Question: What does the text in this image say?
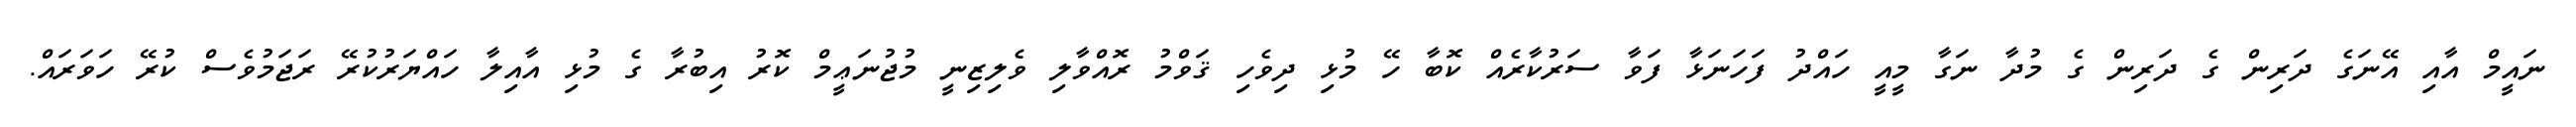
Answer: ނައީމް އާއި އޭނަގެ ދަރިން ގެ ދަރިން ގެ މުދާ ނަގާ މީއީ ހައްދު ފަހަނަޅާ ފަވާ ސަރުކާރެއް ކޮބާ ހޭ މުޅި ދިވެހި ޤަވްމު ރޮއްވާލި ވެލިޒިނީ މުޖުނަޢީމް ކޮރު އިބުރާ ގެ މުޅި އާއިލާ ހައްޔަރުކުރޭ ރަޖަމުވެސް ކުރޭ ހަވަރައް.